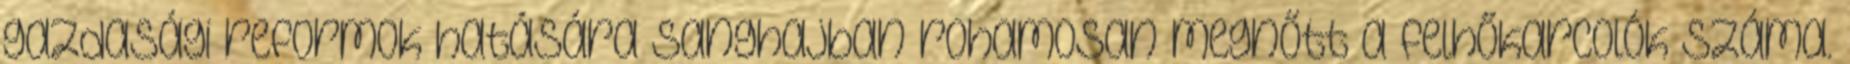
gazdasági reformok hatására Sanghajban rohamosan megnőtt a felhőkarcolók száma.